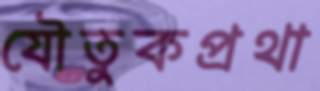
যৌতুকপ্রথা